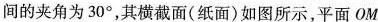
间的夹角为30°，其横截面(纸面)如图所示，平面OM